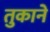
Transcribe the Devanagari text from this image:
तुकाने